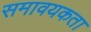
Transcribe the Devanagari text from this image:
समावयकता